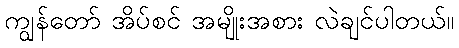
ကျွန်တော် အိပ်စင် အမျိုးအစား လဲချင်ပါတယ်။